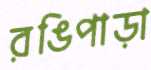
রঙিপাড়া